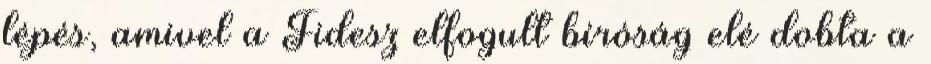
lépés, amivel a Fidesz elfogult bíróság elé dobta a